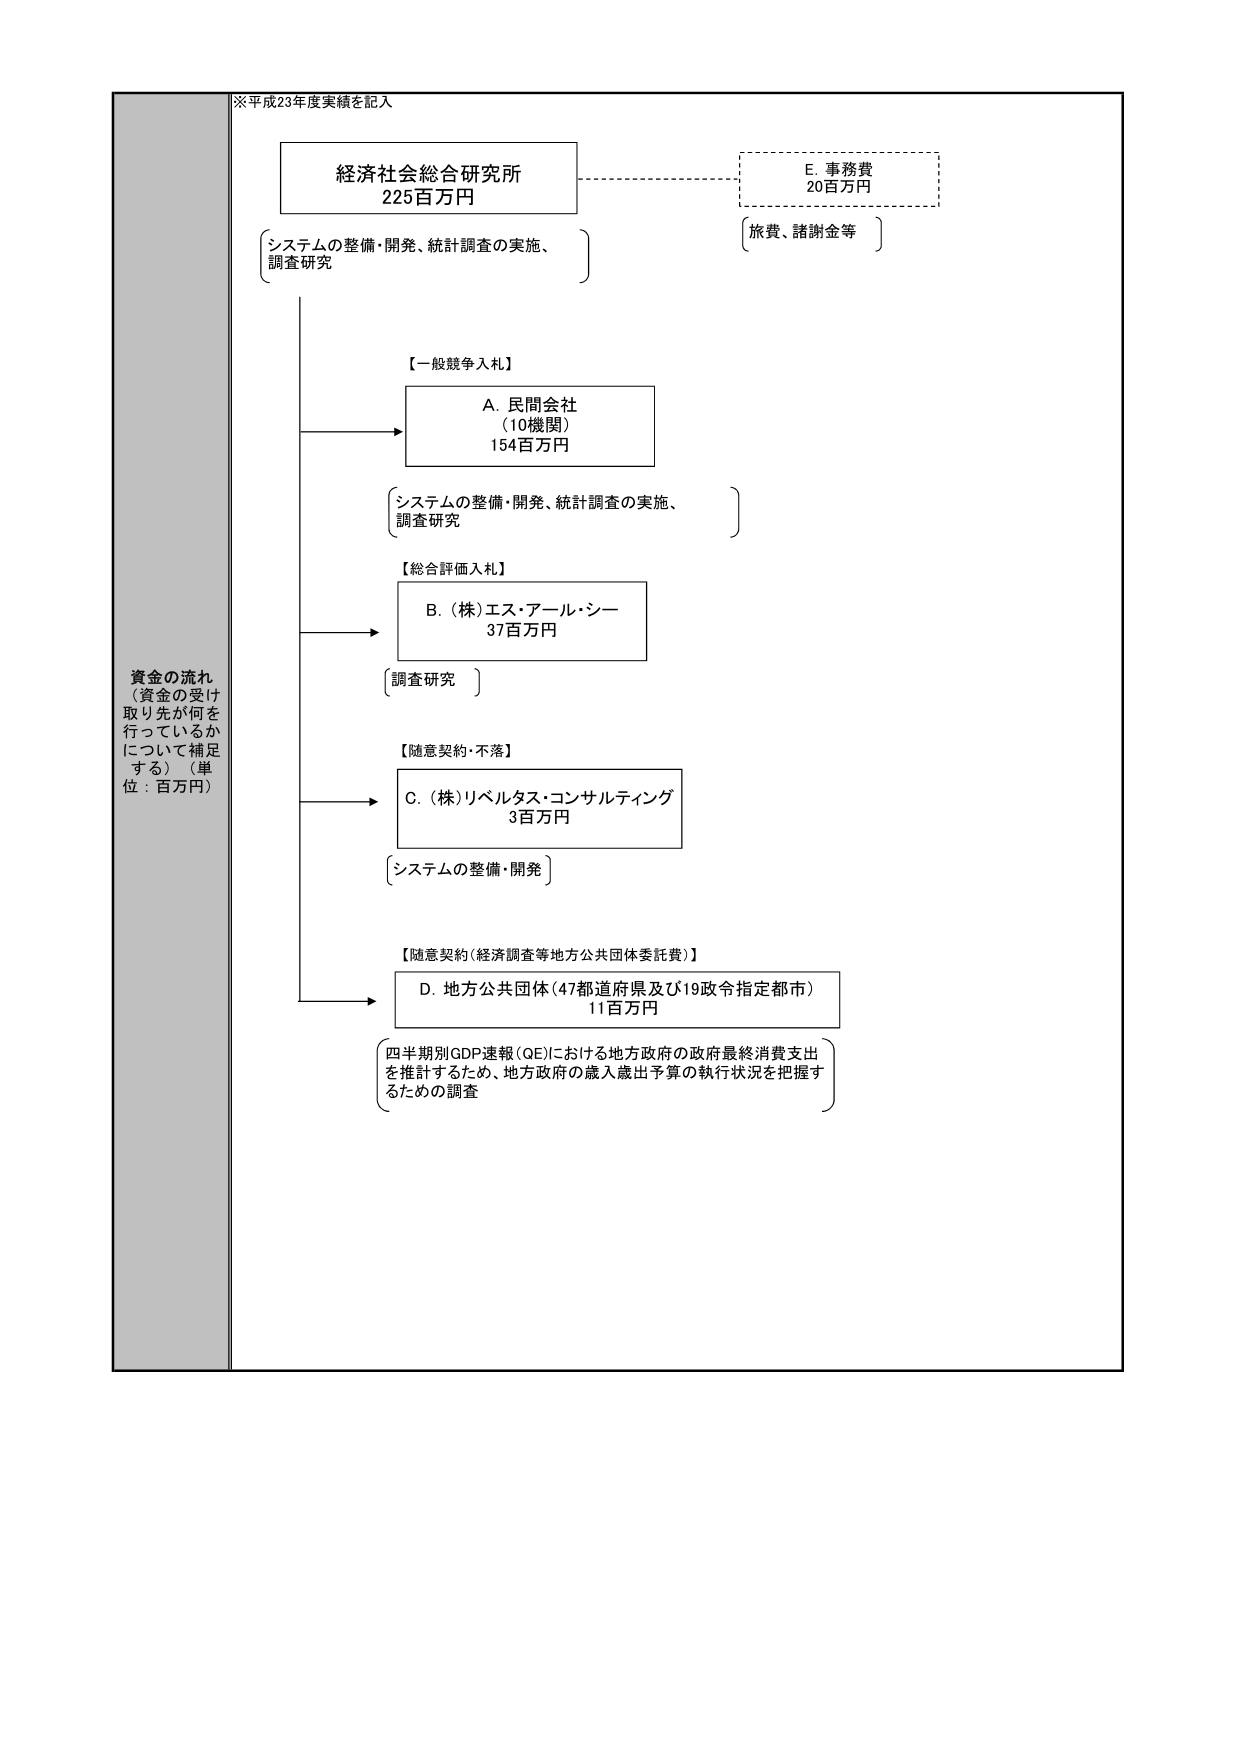
※平成23年度実績を記入

資金の流れ
（資金の受け
取り先が何を
行っているか
について補足
する）（単
位：百万円）

経済社会総合研究所
225百万円
〔システムの整備・開発、統計調査の実施、
調査研究〕

【一般競争入札】
A. 民間会社
（10機関）
154百万円
〔システムの整備・開発、統計調査の実施、
調査研究〕

【総合評価入札】
B. （株）エス・アール・シー
37百万円
〔調査研究〕

【随意契約・不落】
C. （株）リベルタス・コンサルティング
3百万円
〔システムの整備・開発〕

【随意契約（経済調査等地方公共団体委託費）】
D. 地方公共団体（47都道府県及び19政令指定都市）
11百万円
〔四半期別GDP速報（QE）における地方政府の政府最終消費支出
を推計するため、地方政府の歳入歳出予算の執行状況を把握す
るための調査〕

E. 事務費
20百万円
〔旅費、諸謝金等〕